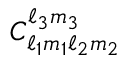
C _ { \ell _ { 1 } m _ { 1 } \ell _ { 2 } m _ { 2 } } ^ { \ell _ { 3 } m _ { 3 } }